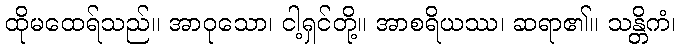
ထိုမထေရ်သည်။ အာဝုသော၊ ငါ့ရှင်တို့။ အာစရိယဿ၊ ဆရာ၏။ သန္တိကံ၊